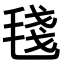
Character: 𣮏